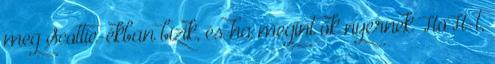
meg Scottie-ékban bízik, és ha megint ők nyernek HoH-t,